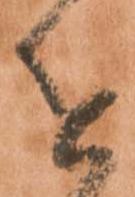
を